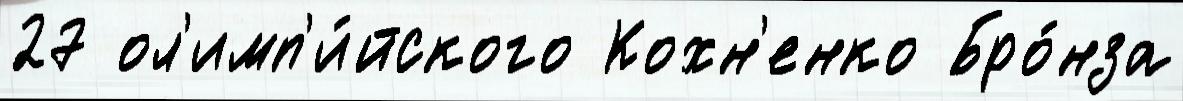
27 ол'имп'и́йского Кохн'енко Бро́нза